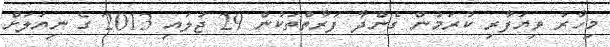
މިހާރު ވިޔަފާރި ކުރަމުން ގެންދާ ފަރާތްތަކުން 29 ޖުލައި 2013 ގެ ނިޔަލަށް